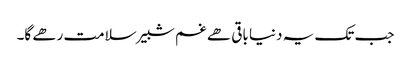
جب تک یہ دنیا باقی ھے غم شبیر سلامت رھے گا۔